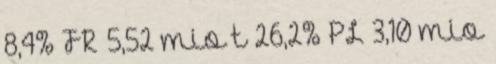
8,4% FR 5,52 mio t 26,2% PL 3,10 mio